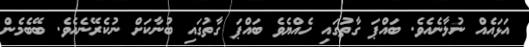
އަޅައެއް ނުލާނެއެވެ. ބައްޕަ ގާތުގައި ހެއްޔެވެ ބައްޕަ ގާތުގައި ބުނާކަށް ނުކެރޭނެއެވެ. ބޭބެމެން